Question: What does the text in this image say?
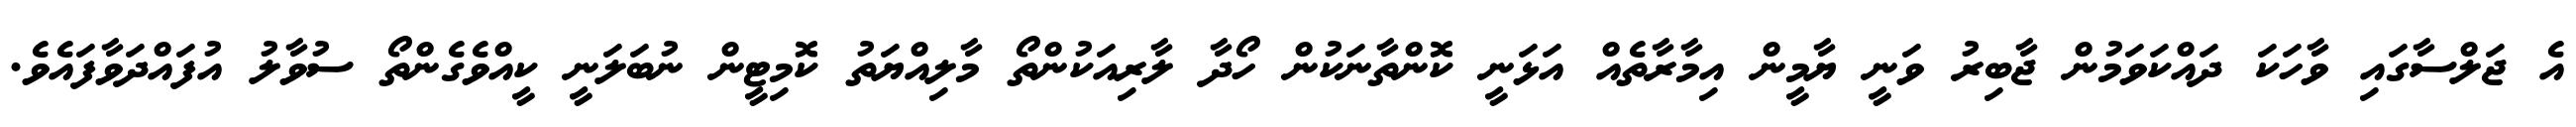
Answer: އެ ޖަލްސާގައި ވާހަކަ ދައްކަވަމުން ޖާބިރު ވަނީ ޔާމީން އިމާރާތެއް އަޅަނީ ކޮންތާނަކުން ހޯދާ ލާރިއަކުންތޯ މާލިއްޔަތު ކޮމިޓީން ނުބަލަނީ ކީއްވެގެންތޯ ސުވާލު އުފައްދަވާފައެވެ.